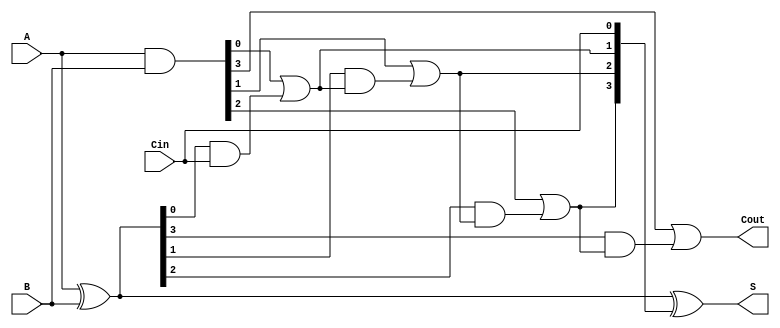
module carry_lookahead_adder #(
    parameter N = 4  // Number of bits (n-bit adder)
)(
    input  [N-1:0] A,      // First n-bit input
    input  [N-1:0] B,      // Second n-bit input
    input        Cin,       // Carry-in
    output [N-1:0] S,      // n-bit sum output
    output       Cout       // Carry-out
);

    wire [N-1:0] G;  // Generate signals
    wire [N-1:0] P;  // Propagate signals
    wire [N:0] C;    // Carry signals

    // Generate and Propagate calculations
    assign G = A & B;           // Generate: G[i] = A[i] & B[i]
    assign P = A ^ B;           // Propagate: P[i] = A[i] ^ B[i]

    // Carry signal calculations
    assign C[0] = Cin;          // C0 = Cin

    genvar i;
    generate
        for (i = 0; i < N; i = i + 1) begin : carry_calc
            if (i == 0) begin
                assign C[i + 1] = G[i] | (P[i] & C[i]); // C1 = G[0] + (P[0] * C[0])
            end else begin
                assign C[i + 1] = G[i] | (P[i] & C[i]); // C[i + 1] = G[i] + (P[i] * C[i])
            end
        end
    endgenerate

    // Sum output calculations
    assign S = P ^ C[N-1:0];   // S[i] = P[i] ^ C[i]

    // Final carry-out
    assign Cout = C[N];         // Carry-out is C[n]

endmodule